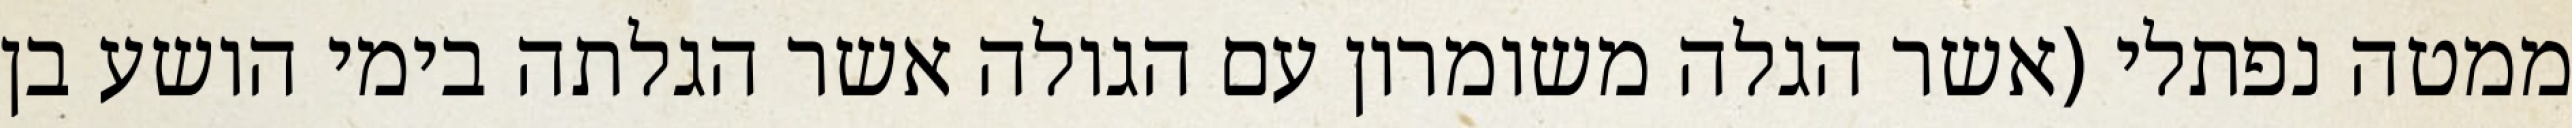
ממטה נפתלי (אשר הגלה משומרון עם הגולה אשר הגלתה בימי הושע בן